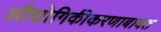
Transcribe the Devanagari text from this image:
औद्योगिकीकरणाबाबत